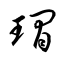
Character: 瑁